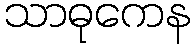
သာဓုကေန